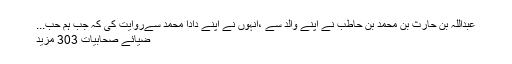
عبداللہ بن حارث بن محمد بن حاطب نے اپنے والد سے ،انہوں نے اپنے دادا محمد سےروایت کی کہ جب ہم حب...
ضیائے صحابیات 303 مزید